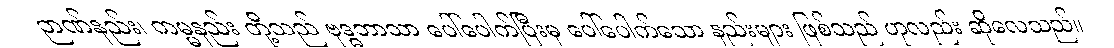
ဉာဏ်နည်း၊ ကမ္မနည်း တို့သည် ဗုဒ္ဓဘာသာ ပေါ်ပေါက်ပြီးမှ ပေါ်ပေါက်သော နည်းများ ဖြစ်သည် ဟုလည်း ဆိုလေသည်။